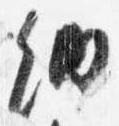
納